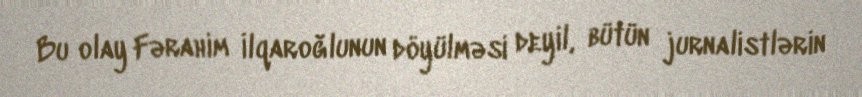
Bu olay Fərahim İlqaroğlunun döyülməsi deyil, bütün jurnalistlərin